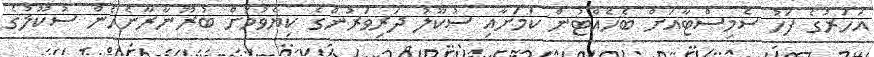
އަހަރުގެ ފަހު ސެމިސްޓާއަށް ބެހެއްޓުން ކަމަށާއި ސުކޫލު ދަރިވަރުންގެ ކިޔެވުމަށް ބުރޫނާރާނެހެން ސުކޫލުގެ